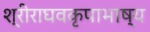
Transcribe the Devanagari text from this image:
श्रीराघवकृपाभाष्य